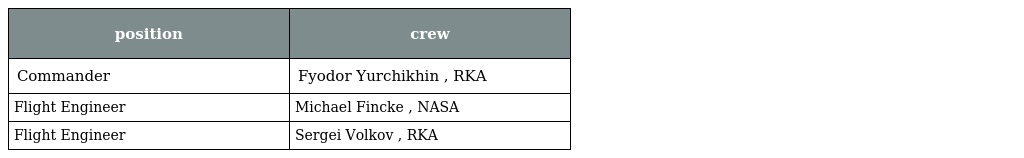
| position | crew |
 | --- | --- |
 | Commander | Fyodor Yurchikhin , RKA |
 | Flight Engineer | Michael Fincke , NASA |
 | Flight Engineer | Sergei Volkov , RKA |